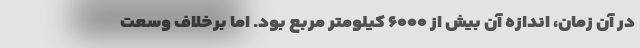
در آن زمان، اندازه آن بیش از ۶۰۰۰ کیلومتر مربع بود. اما برخلاف وسعت